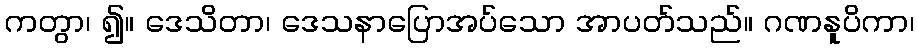
ကတွာ၊ ၍။ ဒေသိတာ၊ ဒေသနာပြောအပ်သော အာပတ်သည်။ ဂဏနူပိကာ၊